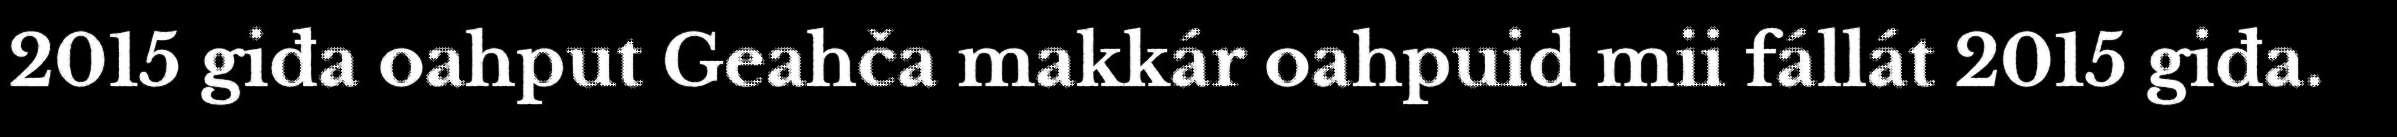
2015 giđa oahput Geahča makkár oahpuid mii fállát 2015 giđa.